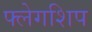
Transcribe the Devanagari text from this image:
फ्लेगशिप